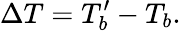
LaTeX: \Delta T=T_{b}^{\prime}-T_{b}\mathrm{.}